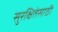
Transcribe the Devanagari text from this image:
सुरक्षितेसाठी